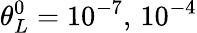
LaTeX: \theta_{L}^{0}={10}^{-7},\, {10}^{-4}